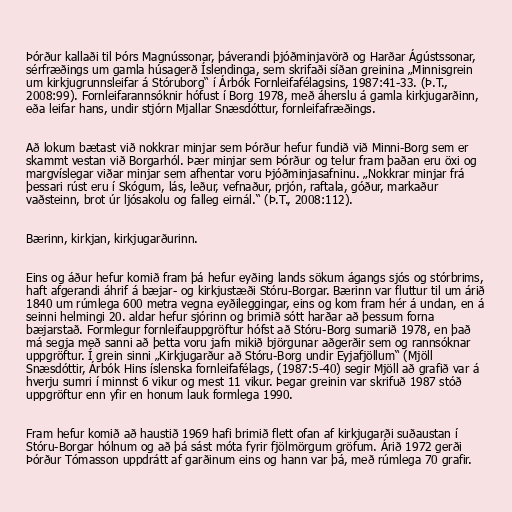
Þórður kallaði til Þórs Magnússonar, þáverandi þjóðminjavörð og Harðar Ágústssonar,
sérfræðings um gamla húsagerð Íslendinga, sem skrifaði síðan greinina „Minnisgrein
um kirkjugrunnsleifar á Stóruborg“ í Árbók Fornleifafélagsins, 1987:41-33. (Þ.T.,
2008:99). Fornleifarannsóknir hófust í Borg 1978, með áherslu á gamla kirkjugarðinn,
eða leifar hans, undir stjórn Mjallar Snæsdóttur, fornleifafræðings.

Að lokum bætast við nokkrar minjar sem Þórður hefur fundið við Minni-Borg sem er
skammt vestan við Borgarhól. Þær minjar sem Þórður og telur fram þaðan eru öxi og
margvíslegar viðar minjar sem afhentar voru Þjóðminjasafninu. „Nokkrar minjar frá
þessari rúst eru í Skógum, lás, leður, vefnaður, prjón, raftala, góður, markaður
vaðsteinn, brot úr ljósakolu og falleg eirnál.“ (Þ.T., 2008:112).

Bærinn, kirkjan, kirkjugarðurinn.

Eins og áður hefur komið fram þá hefur eyðing lands sökum ágangs sjós og stórbrims,
haft afgerandi áhrif á bæjar- og kirkjustæði Stóru-Borgar. Bærinn var fluttur til um árið
1840 um rúmlega 600 metra vegna eyðileggingar, eins og kom fram hér á undan, en á
seinni helmingi 20. aldar hefur sjórinn og brimið sótt harðar að þessum forna
bæjarstað. Formlegur fornleifauppgröftur hófst að Stóru-Borg sumarið 1978, en það
má segja með sanni að þetta voru jafn mikið björgunar aðgerðir sem og rannsóknar
uppgröftur. Í grein sinni „Kirkjugarður að Stóru-Borg undir Eyjafjöllum“ (Mjöll
Snæsdóttir, Árbók Hins íslenska fornleifafélags, (1987:5-40) segir Mjöll að grafið var á
hverju sumri í minnst 6 vikur og mest 11 vikur. Þegar greinin var skrifuð 1987 stóð
uppgröftur enn yfir en honum lauk formlega 1990.

Fram hefur komið að haustið 1969 hafi brimið flett ofan af kirkjugarði suðaustan í
Stóru-Borgar hólnum og að þá sást móta fyrir fjölmörgum gröfum. Árið 1972 gerði
Þórður Tómasson uppdrátt af garðinum eins og hann var þá, með rúmlega 70 grafir.